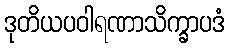
ဒုတိယပဝါရဏာသိက္ခာပဒံ